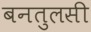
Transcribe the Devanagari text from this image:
बनतुलसी